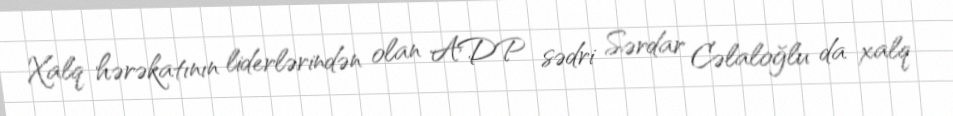
Xalq hərəkatının liderlərindən olan ADP sədri Sərdar Cəlaloğlu da xalq